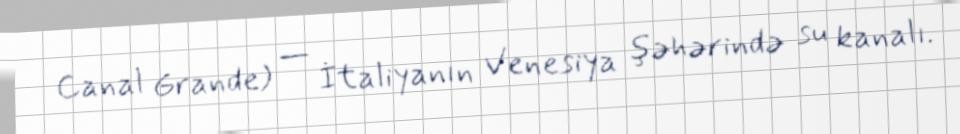
Canal Grande) — İtaliyanın Venesiya şəhərində su kanalı.